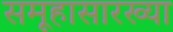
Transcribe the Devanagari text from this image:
समूहासारख्या